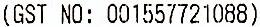
(GST NO: 001557721088)